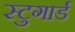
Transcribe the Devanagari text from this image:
स्टुगार्ड